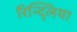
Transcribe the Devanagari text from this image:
रिन्द्लिया